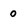
Character: o